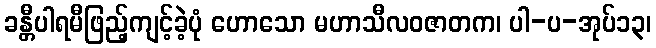
ခန္တီပါရမီဖြည့်ကျင့်ခဲ့ပုံ ဟောသော မဟာသီလဝဇာတက၊ ပါ-ပ-အုပ်၁၃၊